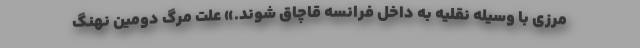
مرزی با وسیله نقلیه به داخل فرانسه قاچاق شوند.» علت مرگ دومین نهنگ